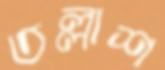
তল্লাশ